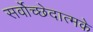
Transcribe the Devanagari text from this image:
सर्वोच्छेदात्मके